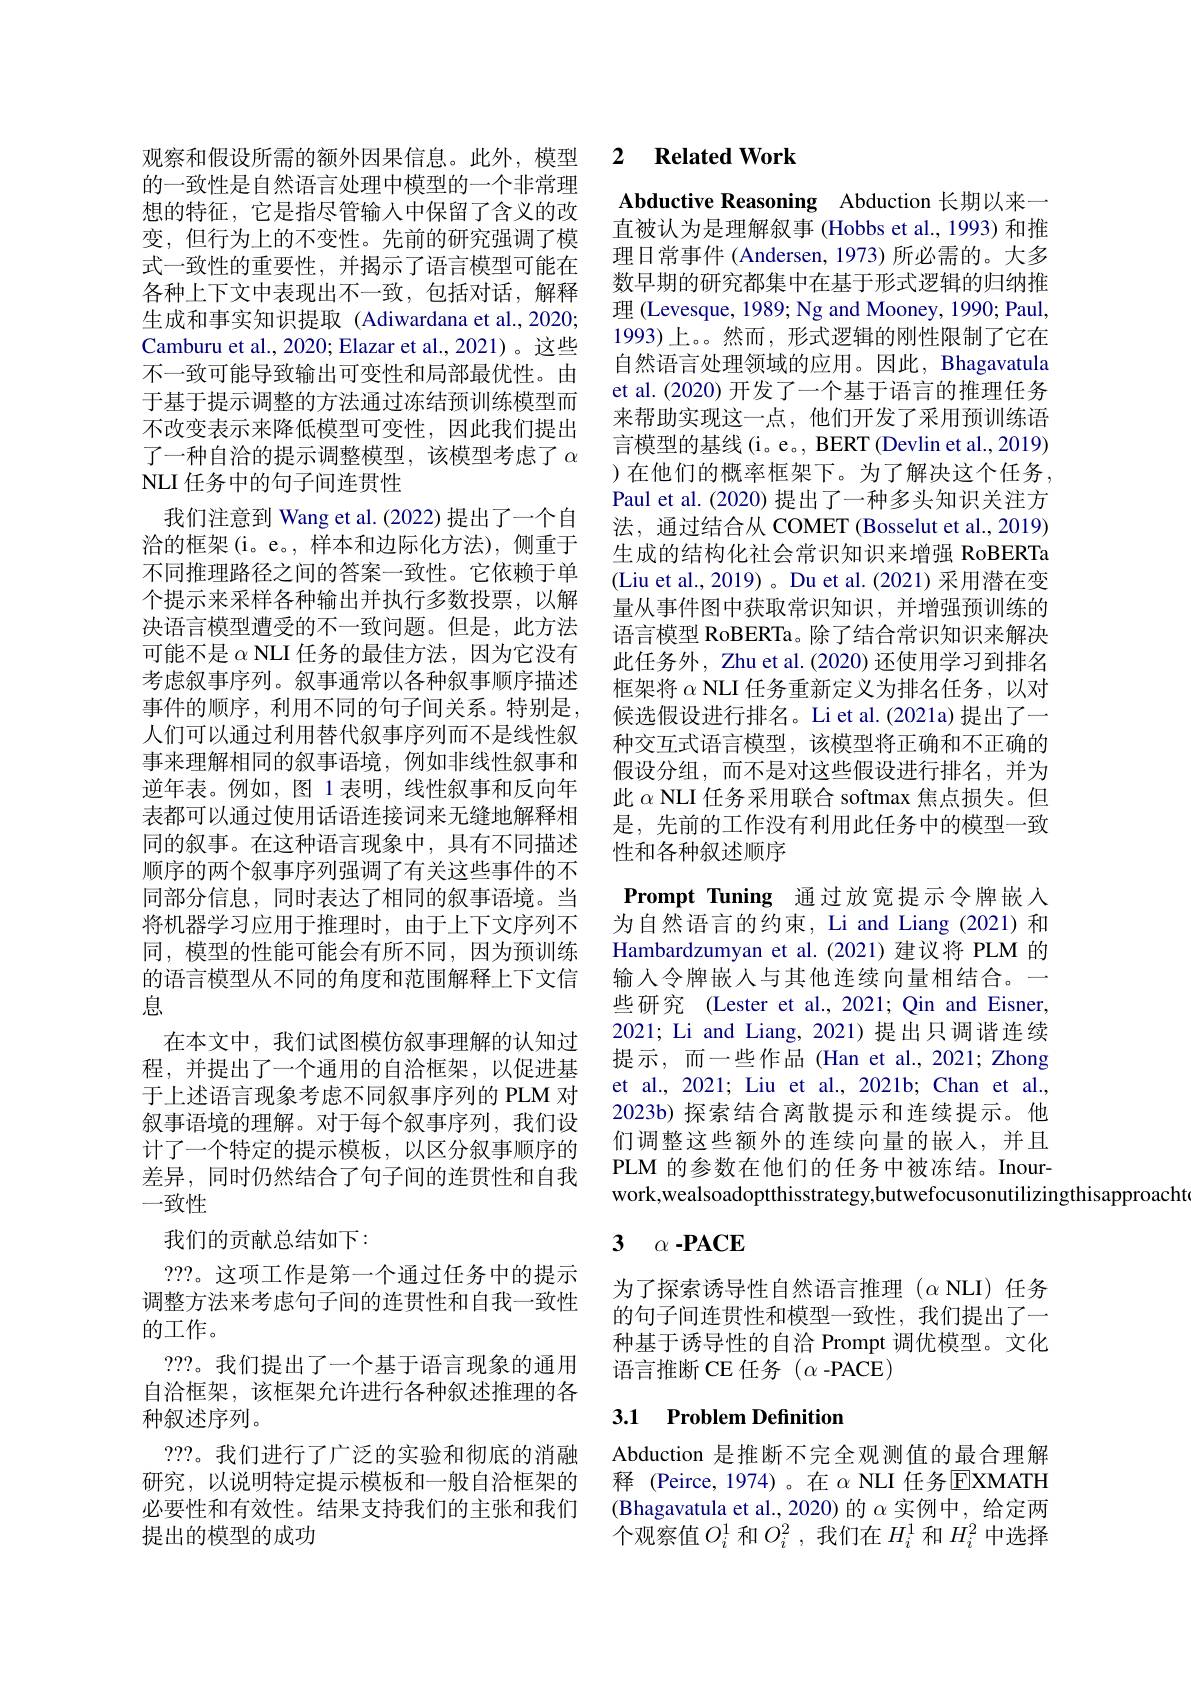
的一致性是自然语言处理中模型的一个非常理想的特征，它是指尽管输入中保留了含义的改变，但行为上的不变性。先前的研究强调了模式一致性的重要性，并揭示了语言模型可能在各种上下文中表现出不一致，包括对话，解释生成和事实知识提取(Adiwardana et al.,2020; Camburu et al., 2020; Elazar et al., 2021)。这些不一致可能导致输出可变性和局部最优性。由于基于提示调整的方法通过冻结预训练模型而不改变表示来降低模型可变性，因此我们提出了一种自洽的提示调整模型，该模型考虑了$\alpha$ NLI 任务中的句子间连贯性

我们注意到 Wang et al. (2022) 提出了一个自洽的框架(i。e。,样本和边际化方法),侧重于不同推理路径之间的答案一致性。它依赖于单个提示来采样各种输出并执行多数投票，以解决语言模型遭受的不一致问题。但是，此方法可能不是$\alpha$ NLI 任务的最佳方法，因为它没有考虑叙事序列。叙事通常以各种叙事顺序描述事件的顺序，利用不同的句子间关系。特别是， 人们可以通过利用替代叙事序列而不是线性叙事来理解相同的叙事语境，例如非线性叙事和逆年表。例如，图 1 表明，线性叙事和反向年表都可以通过使用话语连接词来无缝地解释相同的叙事。在这种语言现象中，具有不同描述顺序的两个叙事序列强调了有关这些事件的不同部分信息，同时表达了相同的叙事语境。当将机器学习应用于推理时，由于上下文序列不同，模型的性能可能会有所不同，因为预训练的语言模型从不同的角度和范围解释上下文信息
在本文中，我们试图模仿叙事理解的认知过程，并提出了一个通用的自洽框架，以促进基于上述语言现象考虑不同叙事序列的 PLM 对叙事语境的理解。对于每个叙事序列，我们设计了一个特定的提示模板，以区分叙事顺序的差异，同时仍然结合了句子间的连贯性和自我一致性
我们的贡献总结如下：
???。这项工作是第一个通过任务中的提示调整方法来考虑句子间的连贯性和自我一致性的工作。
???。我们提出了一个基于语言现象的通用自洽框架，该框架允许进行各种叙述推理的各种叙述序列。
???。我们进行了广泛的实验和彻底的消融研究，以说明特定提示模板和一般自洽框架的必要性和有效性。结果支持我们的主张和我们提出的模型的成功

## 观察和假设所需的额外因果信息。此外，模型 2 Related Work

Abductive Reasoning Abduction 长期以来一直被认为是理解叙事 (Hobbs et al., 1993) 和推理日常事件 (Andersen, 1973) 所必需的。大多数早期的研究都集中在基于形式逻辑的归纳推理 (Levesque, 1989; Ng and Mooney, 1990; Paul, 1993)上。。然而，形式逻辑的刚性限制了它在自然语言处理领域的应用。因此，Bhagavatula et al. (2020) 开发了一个基于语言的推理任务来帮助实现这一点，他们开发了采用预训练语言模型的基线(i。e。, BERT (Devlin et al., 2019) )在他们的概率框架下。为了解决这个任务， Paul et al. (2020) 提出了一种多头知识关注方法，通过结合从 COMET (Bosselut et al., 2019) 生成的结构化社会常识知识来增强 RoBERTa (Liu et al., 2019)。Du et al.(2021) 采用潜在变量从事件图中获取常识知识，并增强预训练的语言模型 RoBERTa。除了结合常识知识来解决此任务外，Zhu et al. (2020) 还使用学习到排名框架将$\alpha$ NLI 任务重新定义为排名任务，以对候选假设进行排名。Li et al.(2021a) 提出了一种交互式语言模型，该模型将正确和不正确的假设分组，而不是对这些假设进行排名，并为此$\alpha$ NLI 任务采用联合 softmax 焦点损失。但是，先前的工作没有利用此任务中的模型一致性和各种叙述顺序
Prompt Tuning 通过放宽提示令牌嵌人为自然语言的约束，Li and Liang (2021)和Hambardzumyan et al.(2021)建议将 PLM 的输入令牌嵌人与其他连续向量相结合。一些研究 (Lester et al.,2021; Qin and Eisner, 2021; Li and Liang, 2021)提出只调谐连续提示，而一些作品(Han et al.,2021; Zhong et al., 2021; Liu et al., 2021b; Chan et al., 2023b) 探索结合离散提示和连续提示。他们调整这些额外的连续向量的嵌人，并且PLM 的参数在他们的任务中被冻结。Inourwork,wealsoadoptthisstrategy,butwefocusonutilizingthisapproacht

# 3 $\alpha \cdot \mathbf{PACE}$

为了探索诱导性自然语言推理($\alpha NLI)任务$ 的句子间连贯性和模型一致性，我们提出了一种基于诱导性的自洽 Prompt 调优模型。文化语言推断 CE 任务$(\alpha$-PACE)

## 3.1 Problem Definition

Abduction 是推断不完全观测值的最合理解释 (Peirce,1974)。在 $\alpha$ NLI 任务$\overline{\mathrm{E}}$XMATH (Bhagavatula et al.,2020)的$\alpha$实例中，给定两个观察值$O_i^1$和$O_i^2$,我们在$H_i^1$和$H_i^2$中选择